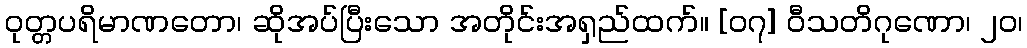
ဝုတ္တပရိမာဏတော၊ ဆိုအပ်ပြီးသော အတိုင်းအရှည်ထက်။ [၀၇] ဝီသတိဂုဏော၊ ၂၀၊